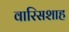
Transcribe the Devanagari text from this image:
वारिसशाह